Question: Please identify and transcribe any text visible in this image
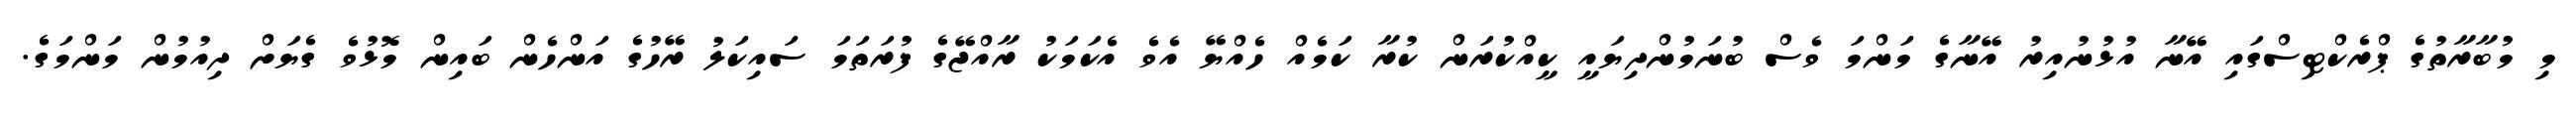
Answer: މި މުބާރާތުގެ ޕްރެކްޓިސްގައި އޭނާ އުޅުނުއިރު އޭނާގެ މަންމަ ވެސް ބުނަމުންދިޔައީ ކީއްކުރަން ކުރާ ކަމެއް ހެއްޔޭ އެވެ އެކަމަކު ރާއްޖޭގެ ފުރަތަމަ ސައިކަލު ރޭހުގެ އަންހެން ބައިން މޮޅުވެ ގެޔަށް ދިއުމުން މަންމަގެ.